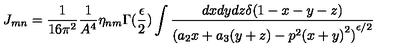
J _ { m n } = \frac { 1 } { 1 6 \pi ^ { 2 } } \frac { 1 } { A ^ { 4 } } \eta _ { n m } \Gamma ( \frac { \epsilon } { 2 } ) \int \frac { d x d y d z \delta ( 1 - x - y - z ) } { { ( a _ { 2 } x + a _ { 3 } ( y + z ) - p ^ { 2 } { ( x + y ) } ^ { 2 } ) } ^ { \epsilon / 2 } }